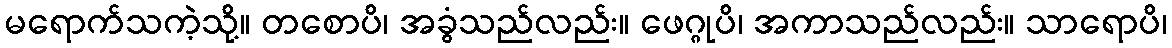
မရောက်သကဲ့သို့။ တစောပိ၊ အခွံသည်လည်း။ ဖေဂ္ဂုပိ၊ အကာသည်လည်း။ သာရောပိ၊